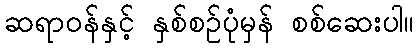
ဆရာဝန်နှင့် နှစ်စဉ်ပုံမှန် စစ်ဆေးပါ။